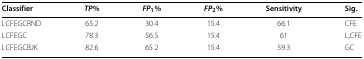
<table><thead><tr><td><b>Classifier</b></td><td><b><i>T</i><i>P</i><i>%</i></b></td><td><b><i>F</i><i>P</i><sub>1</sub><i>%</i></b></td><td><b><i>F</i><i>P</i><sub>2</sub><i>%</i></b></td><td><b>Sensitivity</b></td><td><b>Sig.</b></td></tr></thead><tbody><tr><td>LCFEGCRND</td><td>65.2</td><td>30.4</td><td>15.4</td><td>66.1</td><td>CFE</td></tr><tr><td>LCFEGC</td><td>78.3</td><td>56.5</td><td>15.4</td><td>61</td><td>L,CFE</td></tr><tr><td>LCFEGCBJK</td><td>82.6</td><td>65.2</td><td>15.4</td><td>59.3</td><td>GC</td></tr></tbody></table>